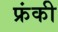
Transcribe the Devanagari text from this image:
फ्रंकी